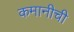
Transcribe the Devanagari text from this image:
कमानीची